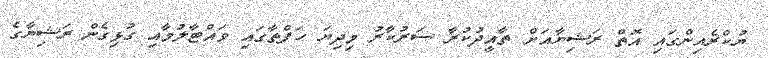
ޔުކްރެއިންގައި އޮތް ރަޝިޔާއަށް ތާއީދުކުރާ ސަރުކާރު މިދިޔަ ހަފްތާގައި ވައްޓާލުމާއި ގުޅިގެން ރަޝިޔާގެ